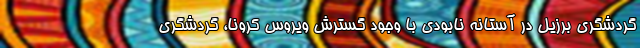
گردشگری برزیل در آستانه نابودی با وجود گسترش ویروس کرونا، گردشگری